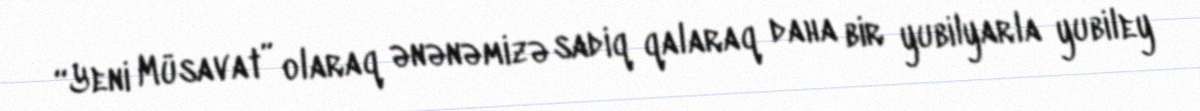
“Yeni Müsavat” olaraq ənənəmizə sadiq qalaraq daha bir yubilyarla yubiley